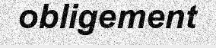
obligement